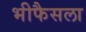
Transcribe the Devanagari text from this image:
भीफैसला